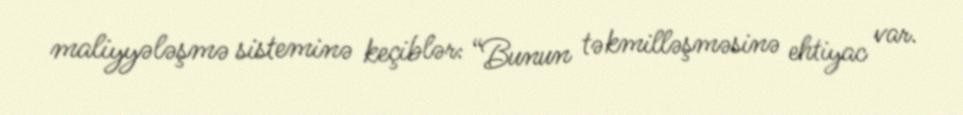
maliyyələşmə sisteminə keçiblər: “Bunun təkmilləşməsinə ehtiyac var.